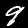
Digit: 9